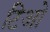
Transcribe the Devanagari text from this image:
टिओ